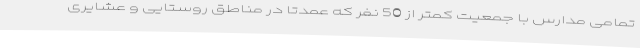
تمامی مدارس با جمعیت کمتر از 50 نفر که عمدتا در مناطق روستایی و عشایری